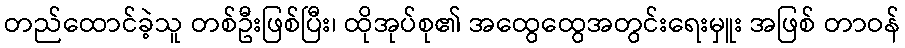
တည်ထောင်ခဲ့သူ တစ်ဦးဖြစ်ပြီး၊ ထိုအုပ်စု၏ အထွေထွေအတွင်းရေးမှူး အဖြစ် တာဝန်